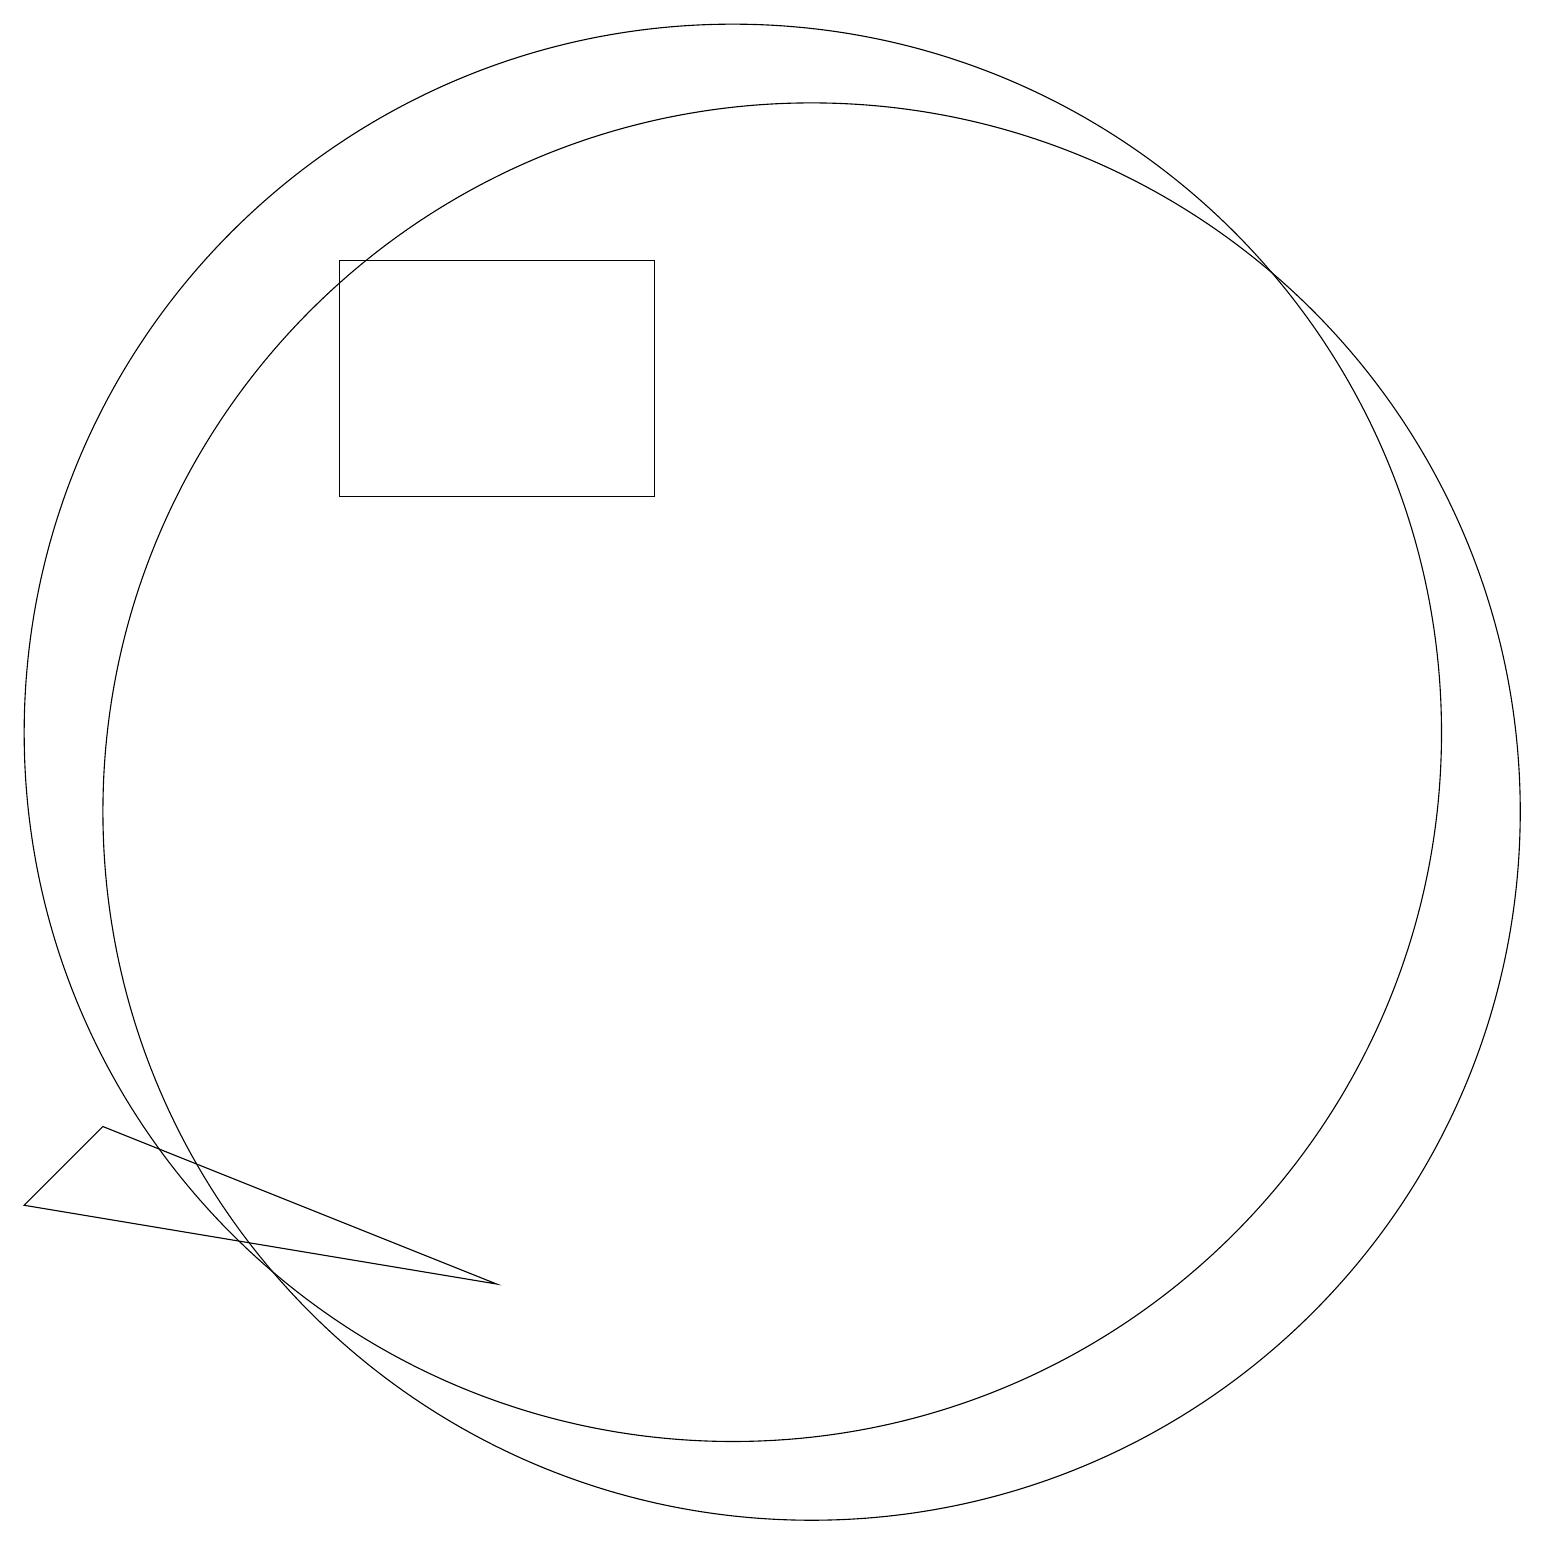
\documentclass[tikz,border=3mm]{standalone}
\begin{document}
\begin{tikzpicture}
\draw (9,18) rectangle (5,15);
\draw (11,11) circle (9);
\draw (10,12) circle (9);
\draw (7,5) -- (1,6) -- (2,7) -- cycle;
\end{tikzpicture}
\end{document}